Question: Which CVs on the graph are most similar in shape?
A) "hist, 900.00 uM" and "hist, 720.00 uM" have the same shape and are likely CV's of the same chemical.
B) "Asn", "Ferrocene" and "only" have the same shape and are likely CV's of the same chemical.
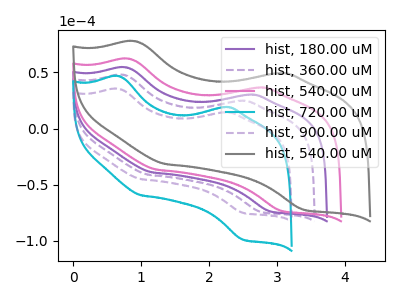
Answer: <think>The purple curve "hist, 180.00 uM" has anodic peaks at (0.80V, 54.35uA) (2.55V, 30.10uA) and cathodic peaks at (1.15V, -38.95uA) (2.90V, -73.60uA). The purple dashed curve "hist, 360.00 uM" has anodic peaks at (0.75V, 47.70uA) (2.45V, 24.65uA) and cathodic peaks at (1.10V, -41.05uA) (2.75V, -74.00uA). The pink curve "hist, 540.00 uM" has anodic peaks at (0.85V, 62.00uA) (2.70V, 36.40uA) and cathodic peaks at (1.25V, -36.50uA) (3.05V, -73.10uA). The cyan curve "hist, 720.00 uM" has anodic peaks at (0.70V, 46.55uA) (2.20V, 19.05uA) and cathodic peaks at (1.00V, -59.30uA) (2.50V, -98.65uA). The purple dashed curve "hist, 900.00 uM" has anodic peaks at (0.70V, 35.30uA) (2.20V, 14.45uA) and cathodic peaks at (1.00V, -45.00uA) (2.50V, -74.80uA). The gray curve "hist, 540.00 uM" has anodic peaks at (0.90V, 77.60uA) (3.00V, 49.25uA) and cathodic peaks at (1.35V, -31.55uA) (3.40V, -72.10uA).
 "hist, 180.00 uM" and "hist, 360.00 uM" have at least one peak that do not match. "hist, 180.00 uM" and "hist, 540.00 uM" have at least one peak that do not match. "hist, 180.00 uM" and "hist, 720.00 uM" have at least one peak that do not match. "hist, 180.00 uM" and "hist, 900.00 uM" have at least one peak that do not match. "hist, 180.00 uM" and "hist, 540.00 uM" have at least one peak that do not match. "hist, 360.00 uM" and "hist, 540.00 uM" have at least one peak that do not match. "hist, 360.00 uM" and "hist, 720.00 uM" have at least one peak that do not match. "hist, 360.00 uM" and "hist, 900.00 uM" have at least one peak that do not match. "hist, 360.00 uM" and "hist, 540.00 uM" have at least one peak that do not match. "hist, 540.00 uM" and "hist, 720.00 uM" have at least one peak that do not match. "hist, 540.00 uM" and "hist, 900.00 uM" have at least one peak that do not match. "hist, 540.00 uM" and "hist, 540.00 uM" have at least one peak that do not match. All the peaks in "hist, 720.00 uM" have a peak in "hist, 900.00 uM" at the same potential. Every peak in "hist, 720.00 uM" is higher than every peak in "hist, 900.00 uM". "hist, 720.00 uM" and "hist, 540.00 uM" have at least one peak that do not match. "hist, 900.00 uM" and "hist, 540.00 uM" have at least one peak that do not match.</think>
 <answer>A) "hist, 900.00 uM" and "hist, 720.00 uM" have the same shape and are likely CV's of the same chemical.</answer>
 <eval>A</eval>